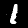
Label: 1